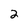
Character: 2